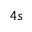
4 s